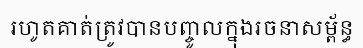
រហូតគាត់ត្រូវបានបញ្ចូលក្នុងរចនាសម្ព័ន្ធ